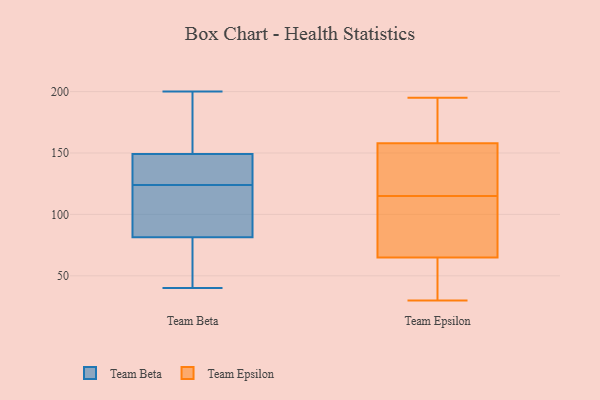
{"axis": {"x": "Conversion Rate (%)", "y": "Value"}, "legend": ["Team Beta", "Team Epsilon"], "data": [{"x": "", "y": 149, "type": "Team Beta"}, {"x": "", "y": 135, "type": "Team Beta"}, {"x": "", "y": 41, "type": "Team Beta"}, {"x": "", "y": 147, "type": "Team Beta"}, {"x": "", "y": 150, "type": "Team Beta"}, {"x": "", "y": 46, "type": "Team Beta"}, {"x": "", "y": 171, "type": "Team Beta"}, {"x": "", "y": 97, "type": "Team Beta"}, {"x": "", "y": 127, "type": "Team Beta"}, {"x": "", "y": 91, "type": "Team Beta"}, {"x": "", "y": 193, "type": "Team Beta"}, {"x": "", "y": 91, "type": "Team Beta"}, {"x": "", "y": 53, "type": "Team Beta"}, {"x": "", "y": 99, "type": "Team Beta"}, {"x": "", "y": 200, "type": "Team Beta"}, {"x": "", "y": 40, "type": "Team Beta"}, {"x": "", "y": 124, "type": "Team Beta"}, {"x": "", "y": 122, "type": "Team Epsilon"}, {"x": "", "y": 158, "type": "Team Epsilon"}, {"x": "", "y": 112, "type": "Team Epsilon"}, {"x": "", "y": 188, "type": "Team Epsilon"}, {"x": "", "y": 110, "type": "Team Epsilon"}, {"x": "", "y": 107, "type": "Team Epsilon"}, {"x": "", "y": 118, "type": "Team Epsilon"}, {"x": "", "y": 41, "type": "Team Epsilon"}, {"x": "", "y": 65, "type": "Team Epsilon"}, {"x": "", "y": 30, "type": "Team Epsilon"}, {"x": "", "y": 182, "type": "Team Epsilon"}, {"x": "", "y": 79, "type": "Team Epsilon"}, {"x": "", "y": 35, "type": "Team Epsilon"}, {"x": "", "y": 51, "type": "Team Epsilon"}, {"x": "", "y": 177, "type": "Team Epsilon"}, {"x": "", "y": 121, "type": "Team Epsilon"}, {"x": "", "y": 158, "type": "Team Epsilon"}, {"x": "", "y": 195, "type": "Team Epsilon"}]}